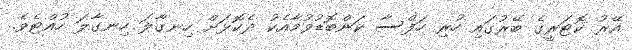
އޭރު ކޮޓަރީގެ ބޭރުގައި ހުރި ހަފްސާ ކަންބޮޑުވުމާއެކު ދެކޮޅަށް ހިނގާލަ ހިނގާލަ ހުއްޓެވެ.